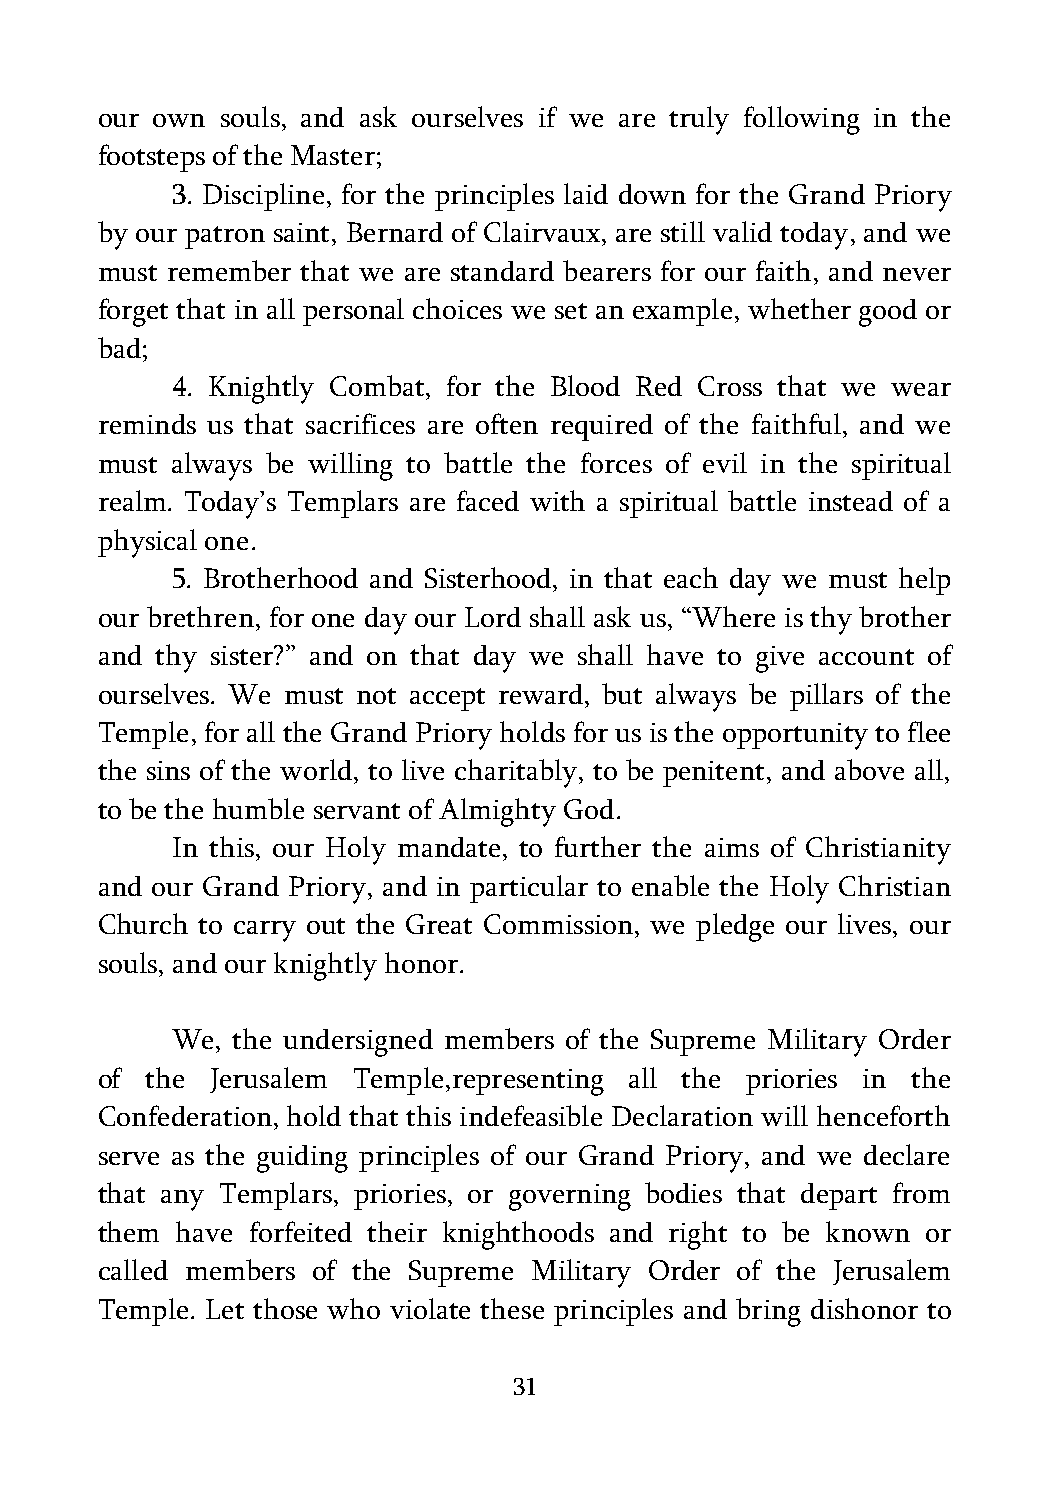
our own  souls, and ask ourselves if we are truly following in the
 footsteps of the Master;
 3. Discipline, for the principles laid down for the Grand Priory
 by our patron saint, Bernard of Clairvaux, are still valid today, and we
 must remember that we are standard bearers for our faith, and never
 forget that in all personal choices we set an example, whether good or
 bad;
 4. Knightly Combat, for the Blood Red Cross that we wear
 reminds us that sacrifices are often required of the faithful, and we
 must always be willing to battle the forces of evil in the spiritual
 realm. Today’s Templars are faced with a spiritual battle instead of a
 physical one.
 5. Brotherhood and Sisterhood, in that each day we must help
 our brethren, for one day our Lord shall ask us, “Where is thy brother
 and thy sister?” and on that day we shall have to give account of
 ourselves. We must not accept reward, but always be pillars of the
 Temple, for all the Grand Priory holds for us is the opportunity to flee
 the sins of the world, to live charitably, to be penitent, and above all,
 to be the humble servant of Almighty God.
 In this, our Holy mandate, to further the aims of Christianity
 and our Grand Priory, and in particular to enable the Holy Christian
 Church to carry out the Great Commission, we pledge our lives, our
 souls, and our knightly honor.
 We, the undersigned members of the Supreme Military Order
 of  the Jerusalem Temple,representing all the priories in the
 Confederation, hold that this indefeasible Declaration will henceforth
 serve as the guiding principles of our Grand Priory, and we declare
 that any Templars, priories, or governing bodies that depart from
 them  have forfeited their knighthoods and right to be known or
 called members of the Supreme Military Order of the Jerusalem
 Temple. Let those who violate these principles and bring dishonor to
 31